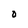
Character: O